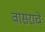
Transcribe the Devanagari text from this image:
वासराचे